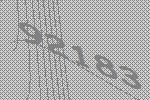
92183